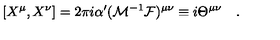
[ X ^ { \mu } , X ^ { \nu } ] = 2 \pi i \alpha ^ { \prime } ( { \cal M } ^ { - 1 } { \cal F } ) ^ { \mu \nu } \equiv i \Theta ^ { \mu \nu } \quad .